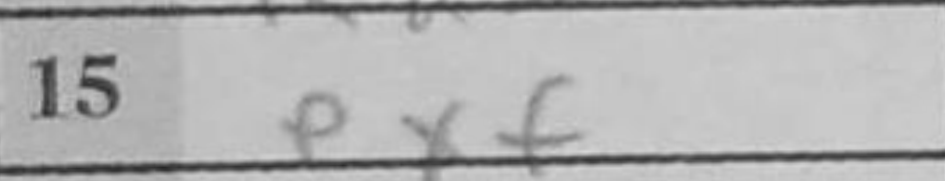
Transcription: exf